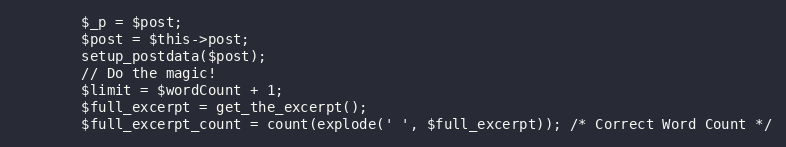
Language: PHP
        $_p = $post;
        $post = $this->post;
        setup_postdata($post);
        // Do the magic!
        $limit = $wordCount + 1;
        $full_excerpt = get_the_excerpt();
        $full_excerpt_count = count(explode(' ', $full_excerpt)); /* Correct Word Count */